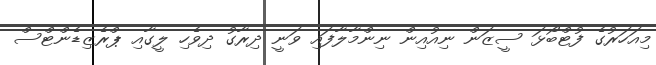
މިއަހަރުގެ ފުޓްބޯޅަ ސީޒަން ނިއުއިން ނިންމާލާފައި ވަނީ ދިރާގު ދިވެހި ލީގާއި ޕްރެޒިޑެންޓްސް